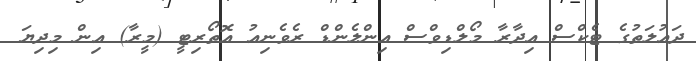
ދައުލަތުގެ ޓެކްސް އިދާރާ މޯލްޑިވްސް އިންލެންޑް ރެވެނިއު އޮތޯރިޓީ (މީރާ) އިން މިދިޔަ